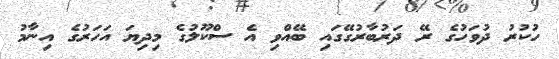
ހުކުރު ދުވަހުގެ ރޭ ދަރުބާރުގޭގައި ބޭއްވި އެ ސްކޫލުގެ މިދިޔަ އަހަރުގެ އިނާމު